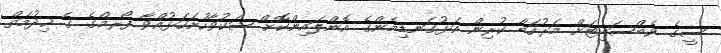
ސީގެ ވެބްސައިޓަށް މަރުހަބާ ކުރިން އަޅުގަނޑިމެންގެ އޮންލައިންކޮށް ޝަކުވާހުށަހަޅުއްވާ ފޯރމްގެ ގެ ޚިދުމަތް